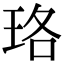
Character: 珞